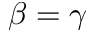
\beta = \gamma